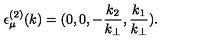
{ \epsilon } _ { \mu } ^ { ( 2 ) } ( k ) = ( 0 , 0 , - \frac { k _ { 2 } } { k _ { \bot } } , \frac { k _ { 1 } } { k _ { \bot } } ) .